Triennial report on the lunatic asylums in the province of Eastern Bengal and Assam - 1903-1911
Year: 1903
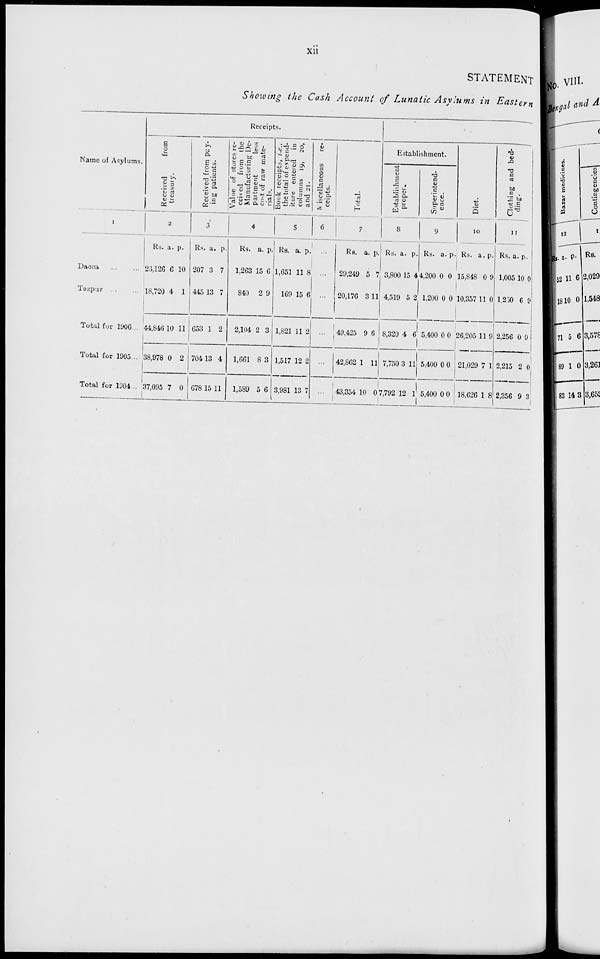
xii
STATEMENT
Showing the Cash Account of Lunatic Asylums in Eastern
Name of Asylums.
1
Dacca
...
...
Tezpur
...
...
Total fur 1906 ...
Total for 1905...
Total for 1904...
Receipts.
Received
from
treasury.
2
Rs.
26,126
18,720
44,846
38,978
37,095
a.
6
4
10
0
7
p.
10
1
11
2
0
Received from pay-
ing patients.
3
Rs.
207
445
653
704
678
a.
3
13
1
13
15
p.
7
7
2
4
11
Value of stores re-
ceived from the
Manufacturing De-
partment
less
cost
of raw mate-
rials.
4
Rs.
1,263
840
2,104
1,661
1,589
a.
15
2
2
8
5
p.
6
9
3
3
6
Book receipts, i.e.,
the total of expend-
iture entered in
columns 19, 20,
and 21.
5
Rs.
1,651
169
1,821
1,517
3,981
a.
11
15
11
12
13
p.
8
6
2
2
7
Miscellaneous
re-
ceipts.
6
...
...
...
...
...
Total.
7
Rs.
29,249
20,176
49,425
42,862
43,354
a.
5
3
9
1
10
p.
7
11
6
11
0
Establishment.
Establishment
proper.
8
Rs.
3,800
4,519
8,320
7,750
7,792
a.
15
5
4
3
12
p.
4
2
6
11
1
Superintend-
ence.
9
Rs.
4,200
1,200
5,400
5,400
5,400
a.
0
0
0
0
0
p.
0
0
0
0
0
Diet.
10
Rs.
15,848
10,357
26,205
21,029
18,626
a.
0
11
11
7
1
p.
9
0
9
1
8
Clothing and bed-
ding.
11
Rs.
1,005
1,250
2,256
2,215
2,356
a.
10
6
0
2
9
p.
0
9
9
0
3